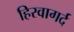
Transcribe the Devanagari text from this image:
हिरवागर्द